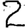
Digit: 2